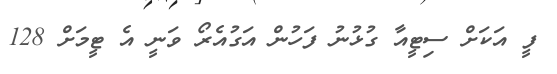
ފީ އަކަށް ސިޓީއާ ގުޅުނު ފަހުން އަގުއެރޯ ވަނީ އެ ޓީމަށް 128